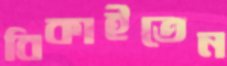
বিকাইতেন